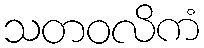
သတဝလိကံ